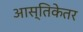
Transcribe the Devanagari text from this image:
आस्तिकेतर